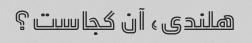
هلندی، آن کجاست؟